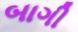
બાગી